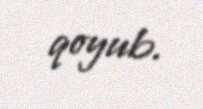
qoyub.